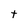
Character: t